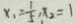
x _ { 1 } = \frac { 1 } { 5 } , x _ { 2 } = 1